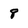
Character: 8